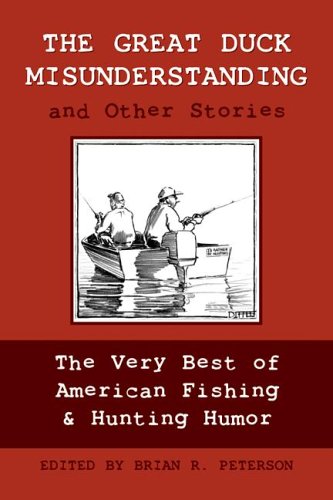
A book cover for The Great Duck Misunderstanding and Other Stories: The Very Best of American Fishing & Hunting Humor; Humor & Entertainment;